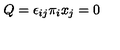
Q = \epsilon _ { i j } \pi _ { i } x _ { j } = 0